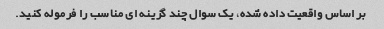
بر اساس واقعیت داده شده، یک سوال چند گزینه ای مناسب را فرموله کنید.